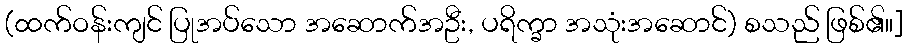
(ထက်ဝန်းကျင် ပြုအပ်သော အဆောက်အဦး, ပရိက္ခာ အသုံးအဆောင်) စသည် ဖြစ်၏။]